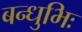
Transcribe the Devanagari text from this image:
बन्धुभिः